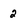
Character: 2